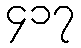
၄၁၇